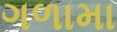
ગળામા